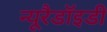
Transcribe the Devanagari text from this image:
न्यूरैडॉइडी